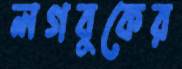
লগবুকের